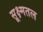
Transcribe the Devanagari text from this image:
सूक्ष्मतल